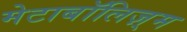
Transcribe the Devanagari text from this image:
मेटाबॉलिज़्म